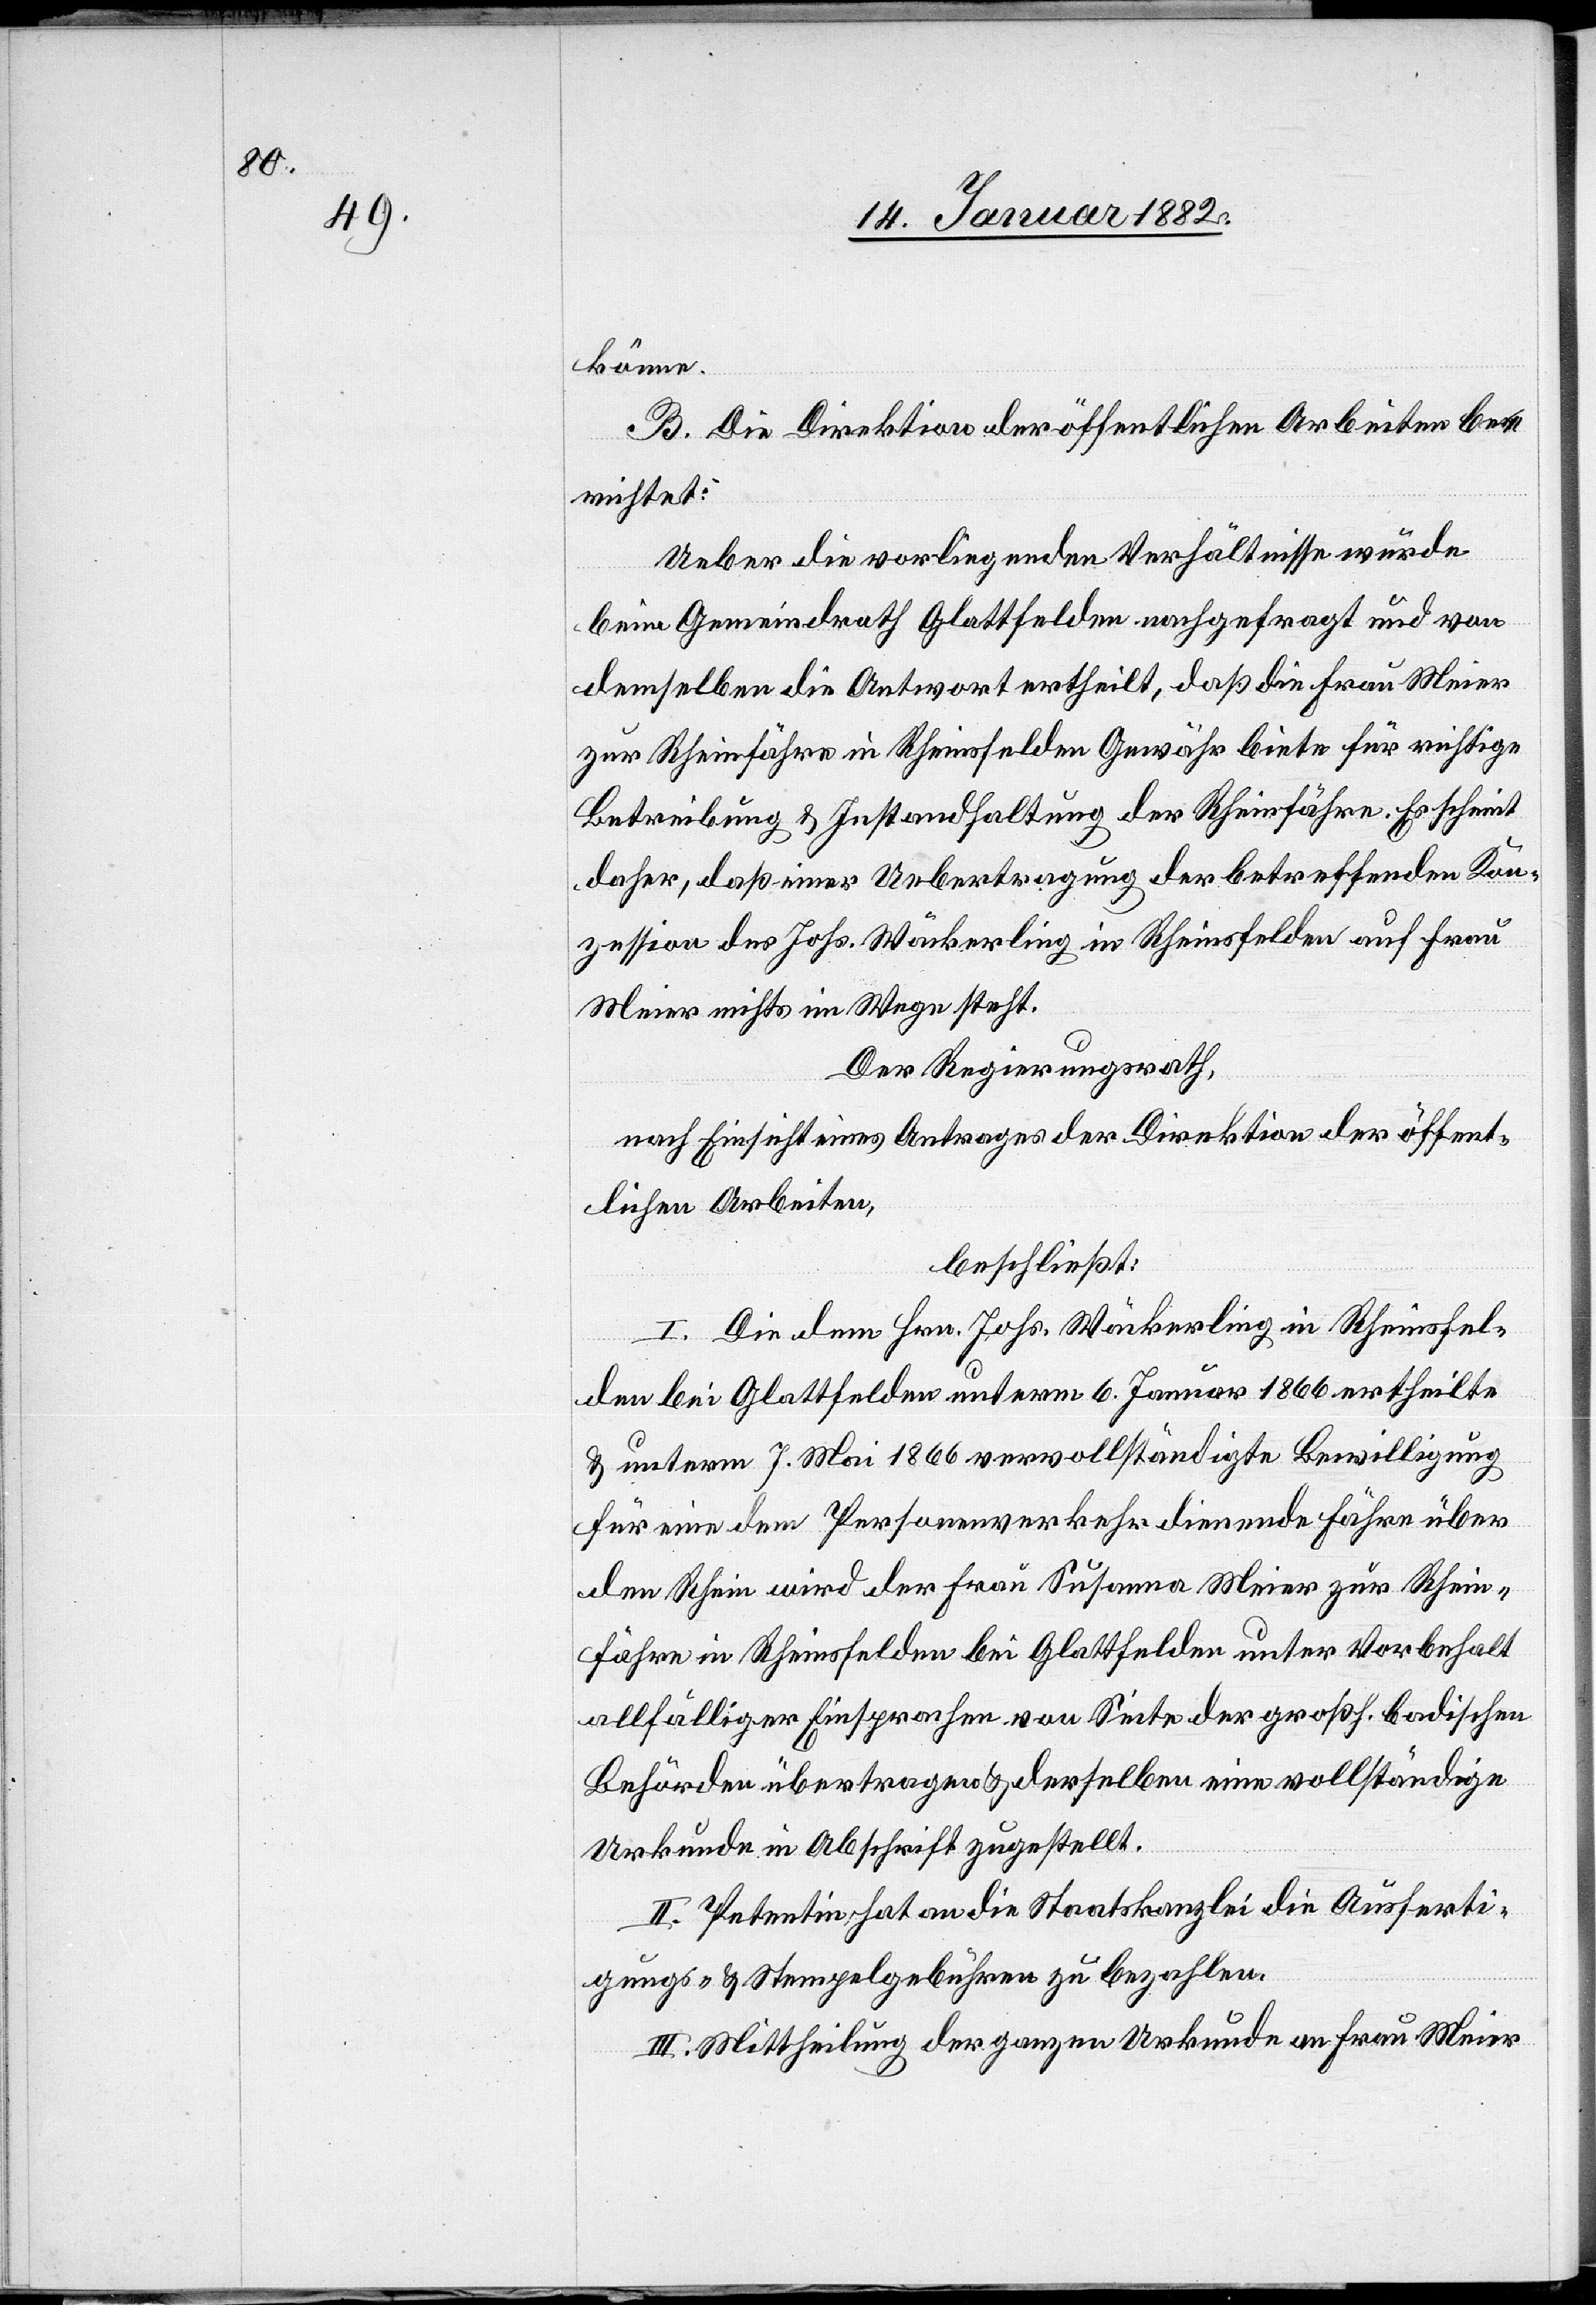
digte

könne.
B. Die Direktion der öffentlichen Arbeiten be¬
richtet:
Ueber die vorliegenden Verhältnisse wurde
beim Gemeindrath Glattfelden nachgefragt und von
demselben die Antwort ertheilt, daß die Frau Meier
zur Rheinfähre in Rheinsfelden Gewähr biete für richtige
Betreibung & Instandhaltung der Rheinfähre. Es scheint
daher, daß einer Uebertragung der betreffenden Kon¬
zession des Johs. Wäckerling in Rheinsfelden auf Frau
Meier nicht im Wege steht.
Der Regierungsrath,
nach Einsicht eines Antrages der Direktion der öffent¬
lichen Arbeiten,
beschließt:
I. Die dem Hrn. Johs. Wäckerling in Rheinsfel¬
den bei Glattfelden unterm 7. Mai 1866 vervollstän¬
für eine dem Personenverkehr dienende Fähre über
den Rhein wird der Frau Susanna Meier zur Rhein¬
fähre in Rheinsfelden bei Glattfelden unter Vorbehalt
allfälliger Einsprachen von Seite der großh. badischen
Behörden übertragen & derselben eine vollständige
Urkunde in Abschrift zugestellt.
II. Petentin hat an die Staatskanzlei die Ausferti¬
gungs- & Stempelgebühren zu bezahlen.
III. Mittheilung der ganzen Urkunde an Frau Meier